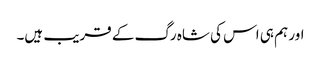
اور ہم ہی اس کی شاہ رگ کے قریب ہیں۔